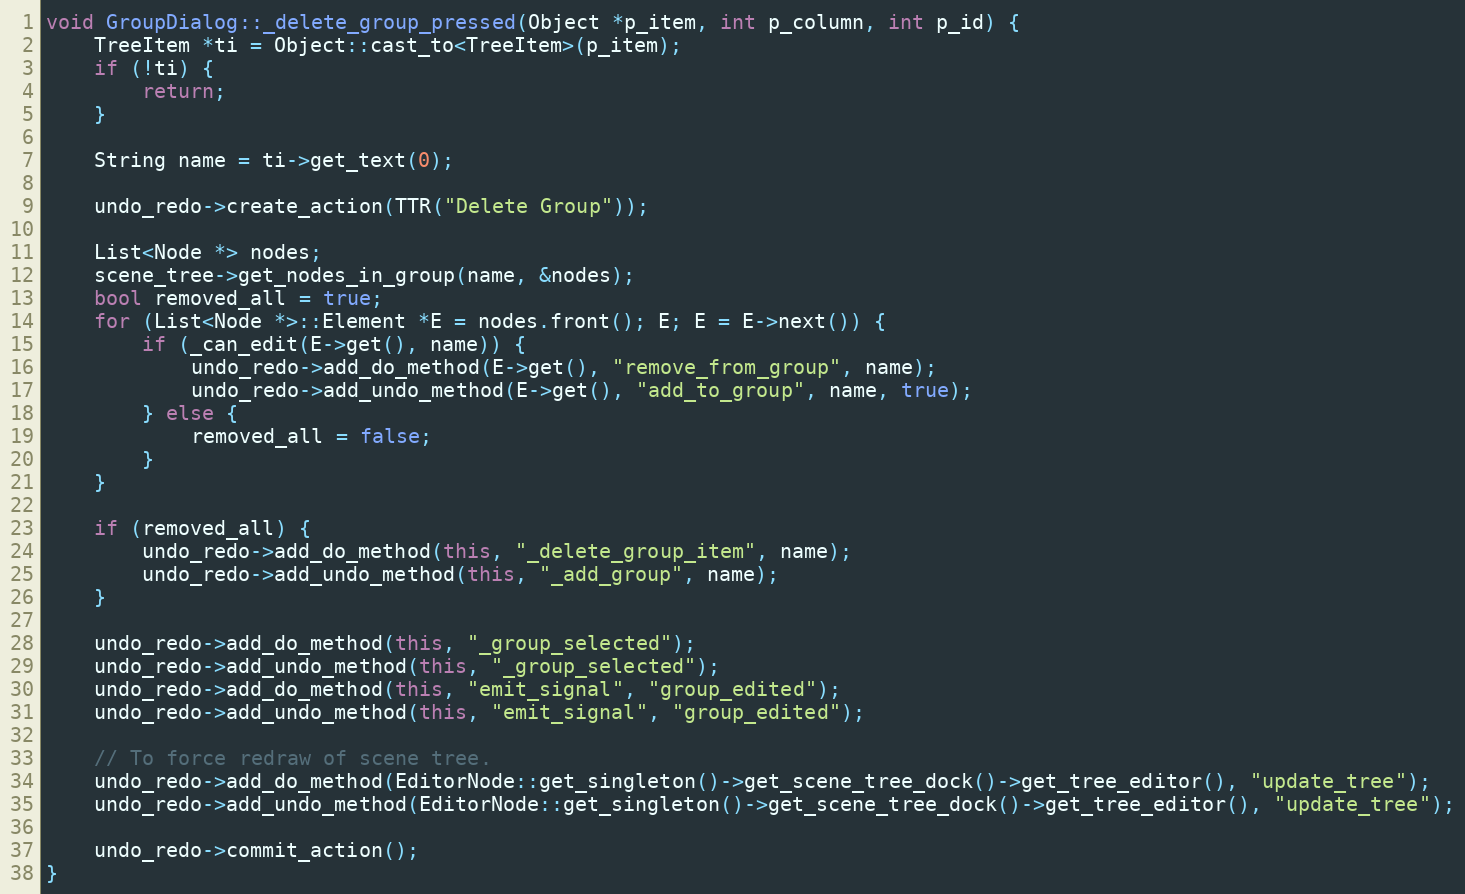
Language: C++
void GroupDialog::_delete_group_pressed(Object *p_item, int p_column, int p_id) {
	TreeItem *ti = Object::cast_to<TreeItem>(p_item);
	if (!ti) {
		return;
	}

	String name = ti->get_text(0);

	undo_redo->create_action(TTR("Delete Group"));

	List<Node *> nodes;
	scene_tree->get_nodes_in_group(name, &nodes);
	bool removed_all = true;
	for (List<Node *>::Element *E = nodes.front(); E; E = E->next()) {
		if (_can_edit(E->get(), name)) {
			undo_redo->add_do_method(E->get(), "remove_from_group", name);
			undo_redo->add_undo_method(E->get(), "add_to_group", name, true);
		} else {
			removed_all = false;
		}
	}

	if (removed_all) {
		undo_redo->add_do_method(this, "_delete_group_item", name);
		undo_redo->add_undo_method(this, "_add_group", name);
	}

	undo_redo->add_do_method(this, "_group_selected");
	undo_redo->add_undo_method(this, "_group_selected");
	undo_redo->add_do_method(this, "emit_signal", "group_edited");
	undo_redo->add_undo_method(this, "emit_signal", "group_edited");

	// To force redraw of scene tree.
	undo_redo->add_do_method(EditorNode::get_singleton()->get_scene_tree_dock()->get_tree_editor(), "update_tree");
	undo_redo->add_undo_method(EditorNode::get_singleton()->get_scene_tree_dock()->get_tree_editor(), "update_tree");

	undo_redo->commit_action();
}